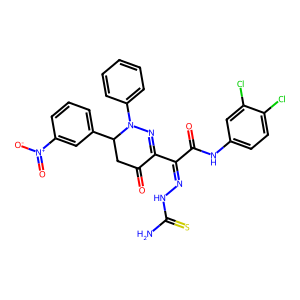
SMILES: NC(=S)NN=C(C(=O)Nc1ccc(Cl)c(Cl)c1)C1=NN(c2ccccc2)C(c2cccc([N+](=O)[O-])c2)CC1=O
Inhibits HIV replication: No